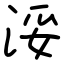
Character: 浽